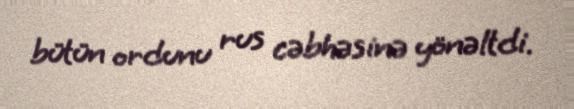
bütün ordunu rus cəbhəsinə yönəltdi.